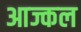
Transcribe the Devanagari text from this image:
आज्कल